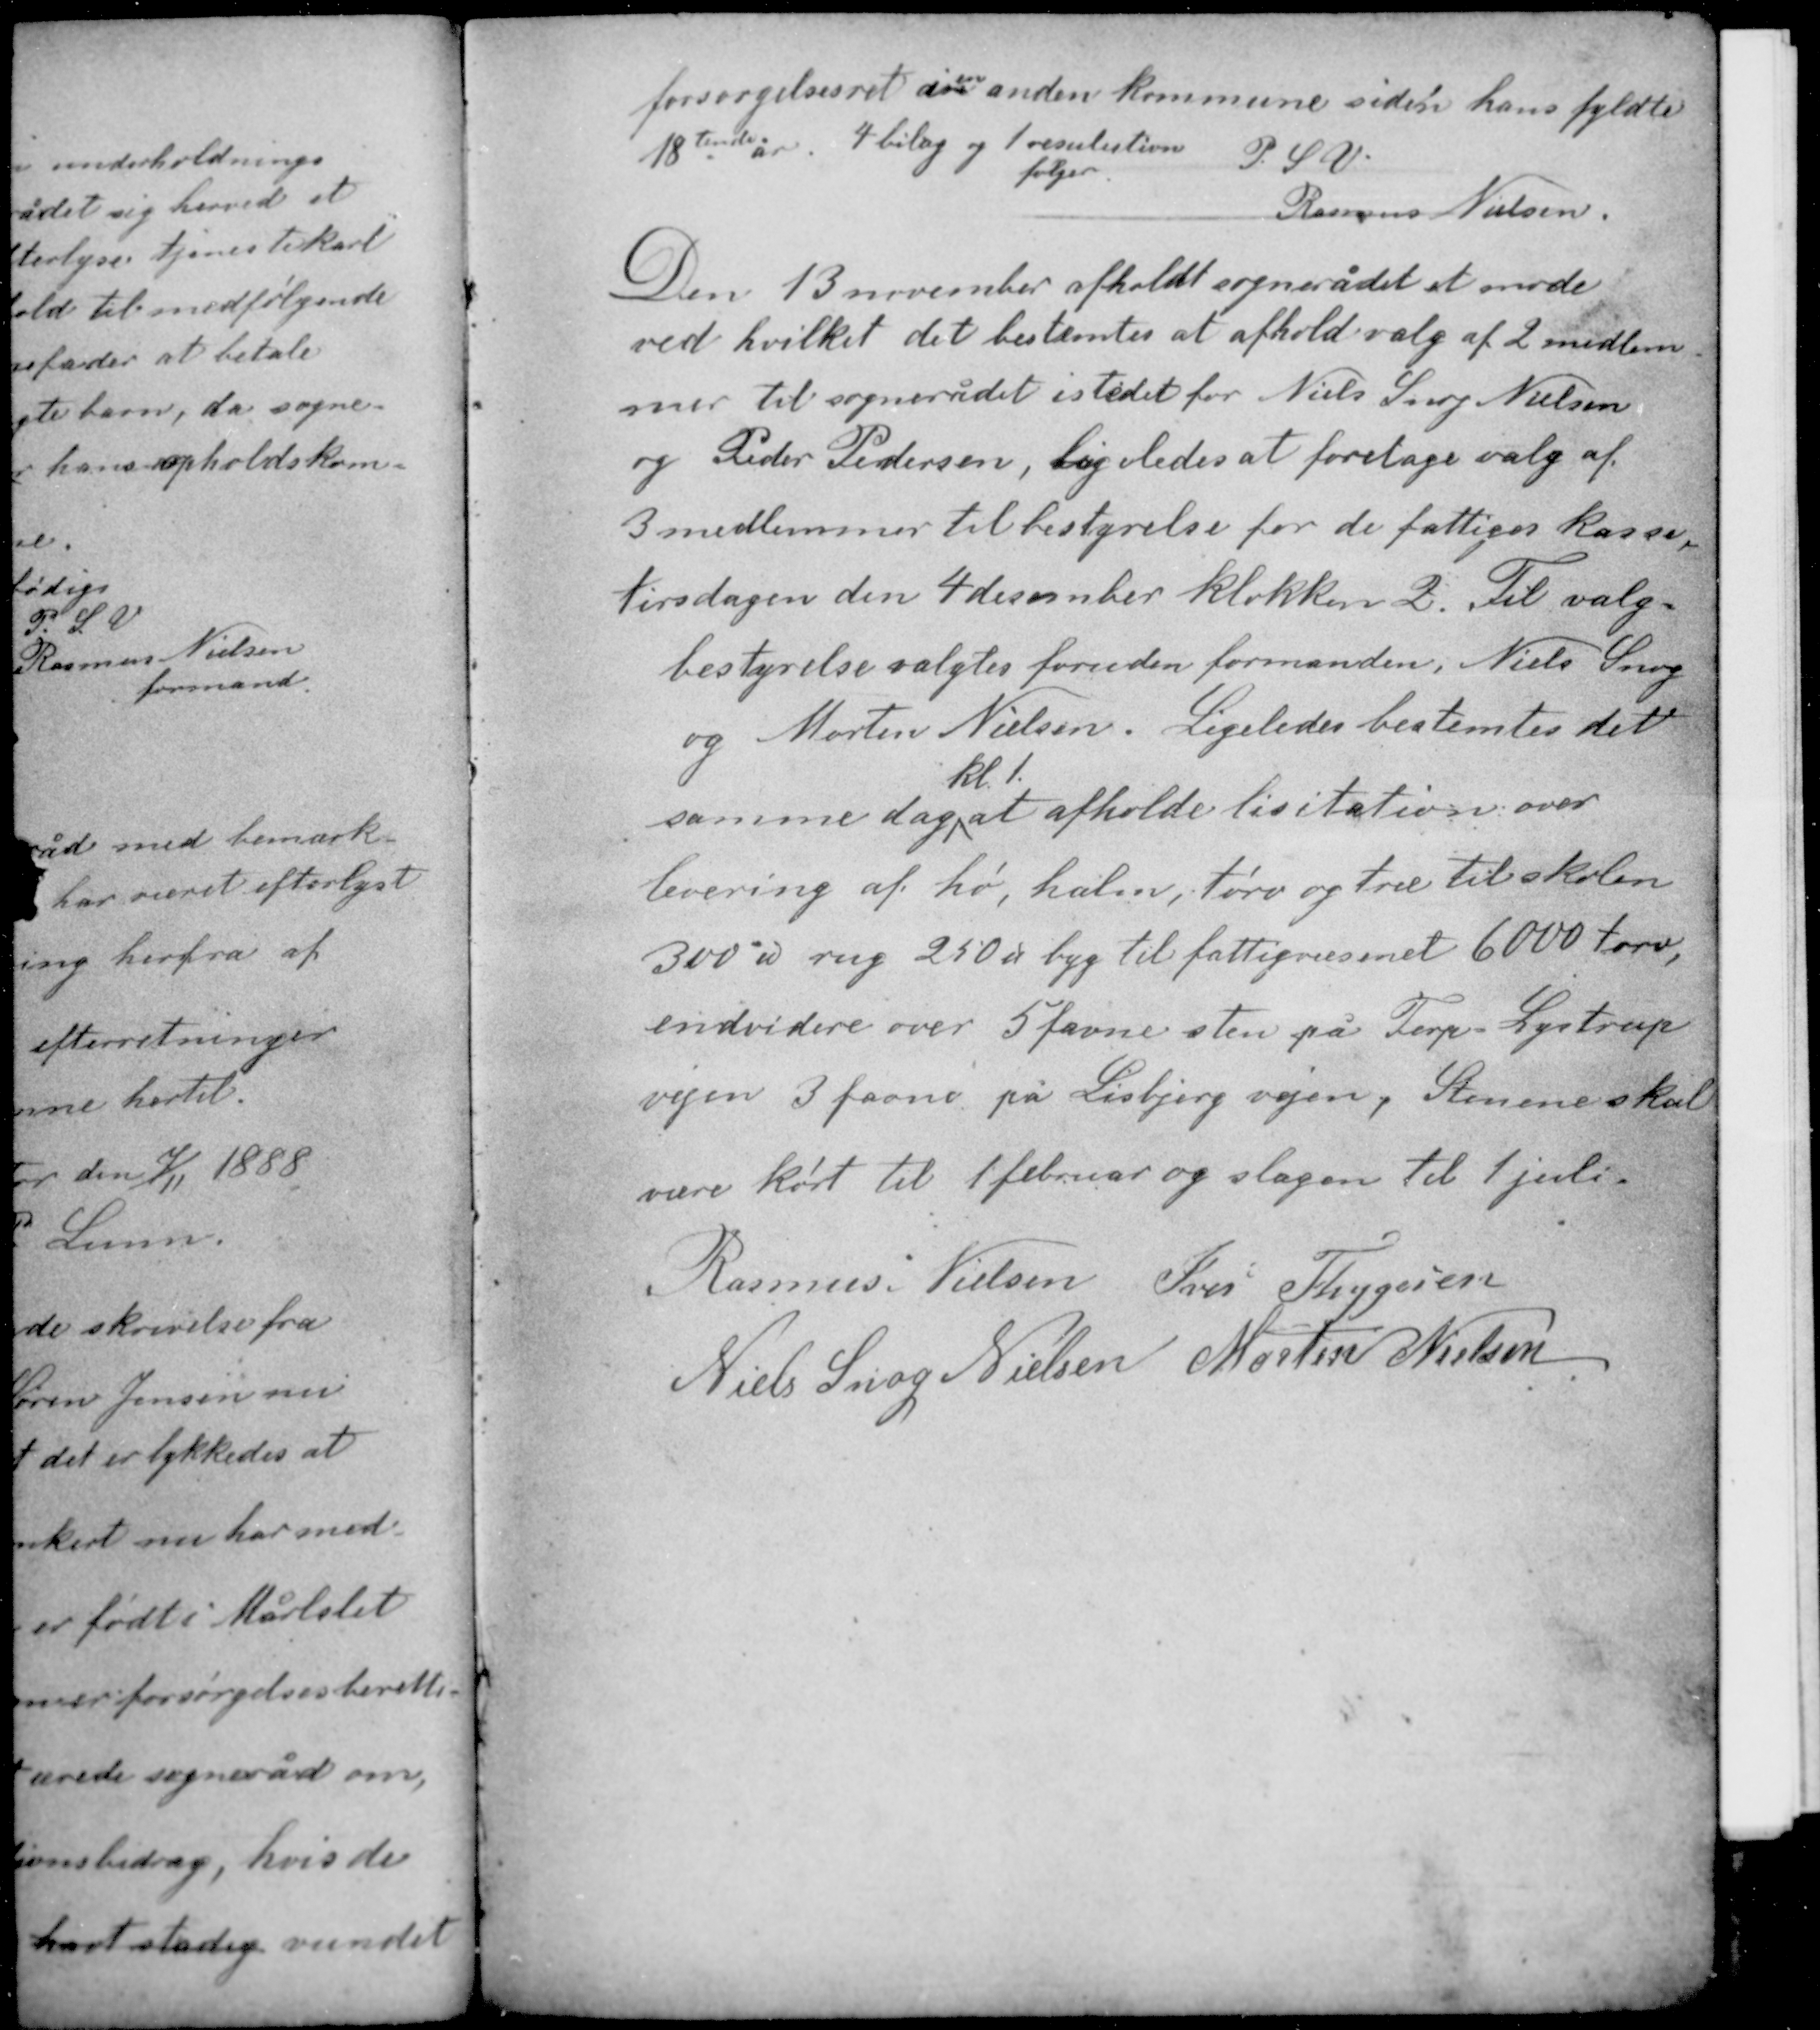
Transskription:
forsørgelsesret i en anden kommune siden hans fyldte
18tende år. 4 bilag og 1 resulution P. S. V.
følger.
Rasmus Nielsen

Den 13 november afholdt sognerådet et møde
ved hvilket det bestemtes at afholde valg af 2 medlem-
mer til sognerådet istedet for Niels Snog Nielsen
og Peder Pedersen, ligeledes at foretage valg af
3 medlemmer til bestyrelse for de fattiges kasse,
tirsdagen den 4 december klokken 2. Til valg-
bestyrelse valgtes foruden formanden, Niels Snog
og Morten Nielsen. Ligeledes bestemtes det
kl. 1
samme dag at afholde licitation over

levering af hø, halm, tørv og træ til skolen
300 ℔ rug 250 ℔ byg til fattigvæsenet 6000 tørv,
endvidere over 5 favne sten på Terp - Lystrup
vejen 3 favne på Lisbjerg vejen. Stenene skal
være kørt til 1 februar og slagen til 1 juli.

Rasmus Nielsen Iver Thygesen
Niels Snog Nielsen Morten Nielsen